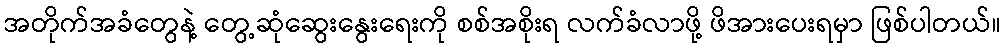
အတိုက်အခံတွေနဲ့ တွေ့ဆုံဆွေးနွေးရေးကို စစ်အစိုးရ လက်ခံလာဖို့ ဖိအားပေးရမှာ ဖြစ်ပါတယ်။